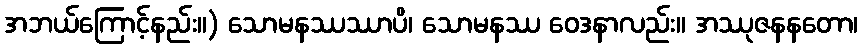
အဘယ်ကြောင့်နည်း။) သောမနဿဿာပိ၊ သောမနဿ ဝေဒနာလည်း။ အဿုဇနနတော၊